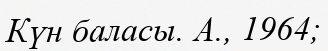
Күн баласы. А., 1964;